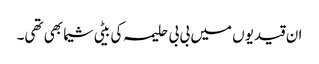
ان قیدیوں میں بی بی حلیمہ کی بیٹی شیما بھی تھی۔